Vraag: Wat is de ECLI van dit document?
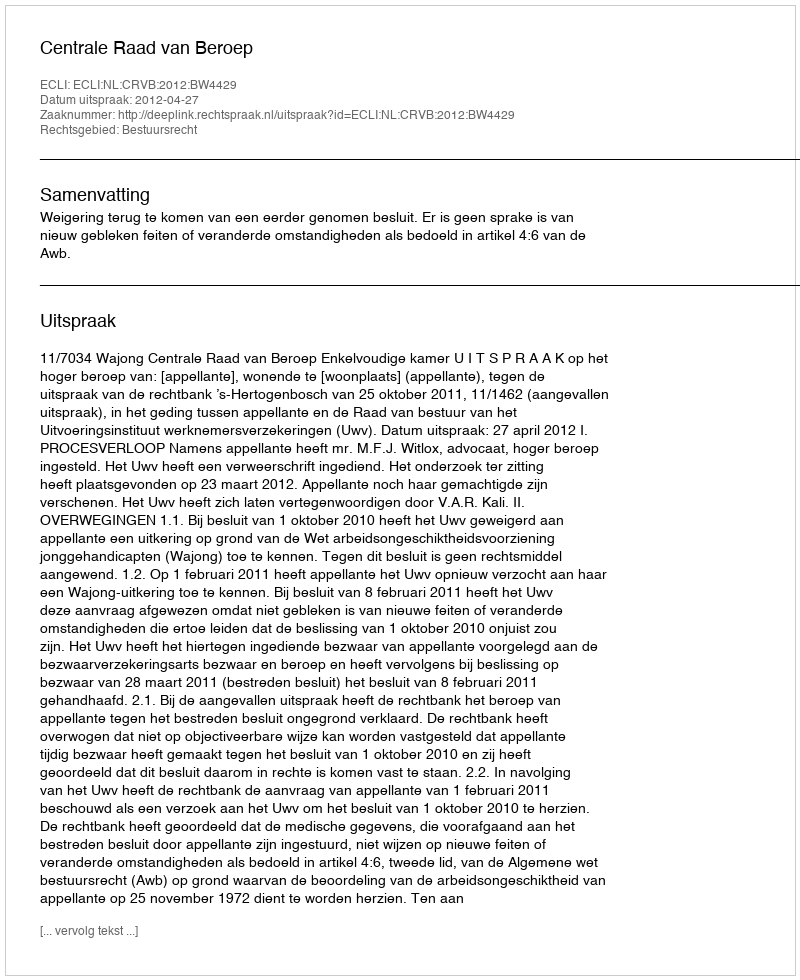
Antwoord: ECLI:NL:CRVB:2012:BW4429